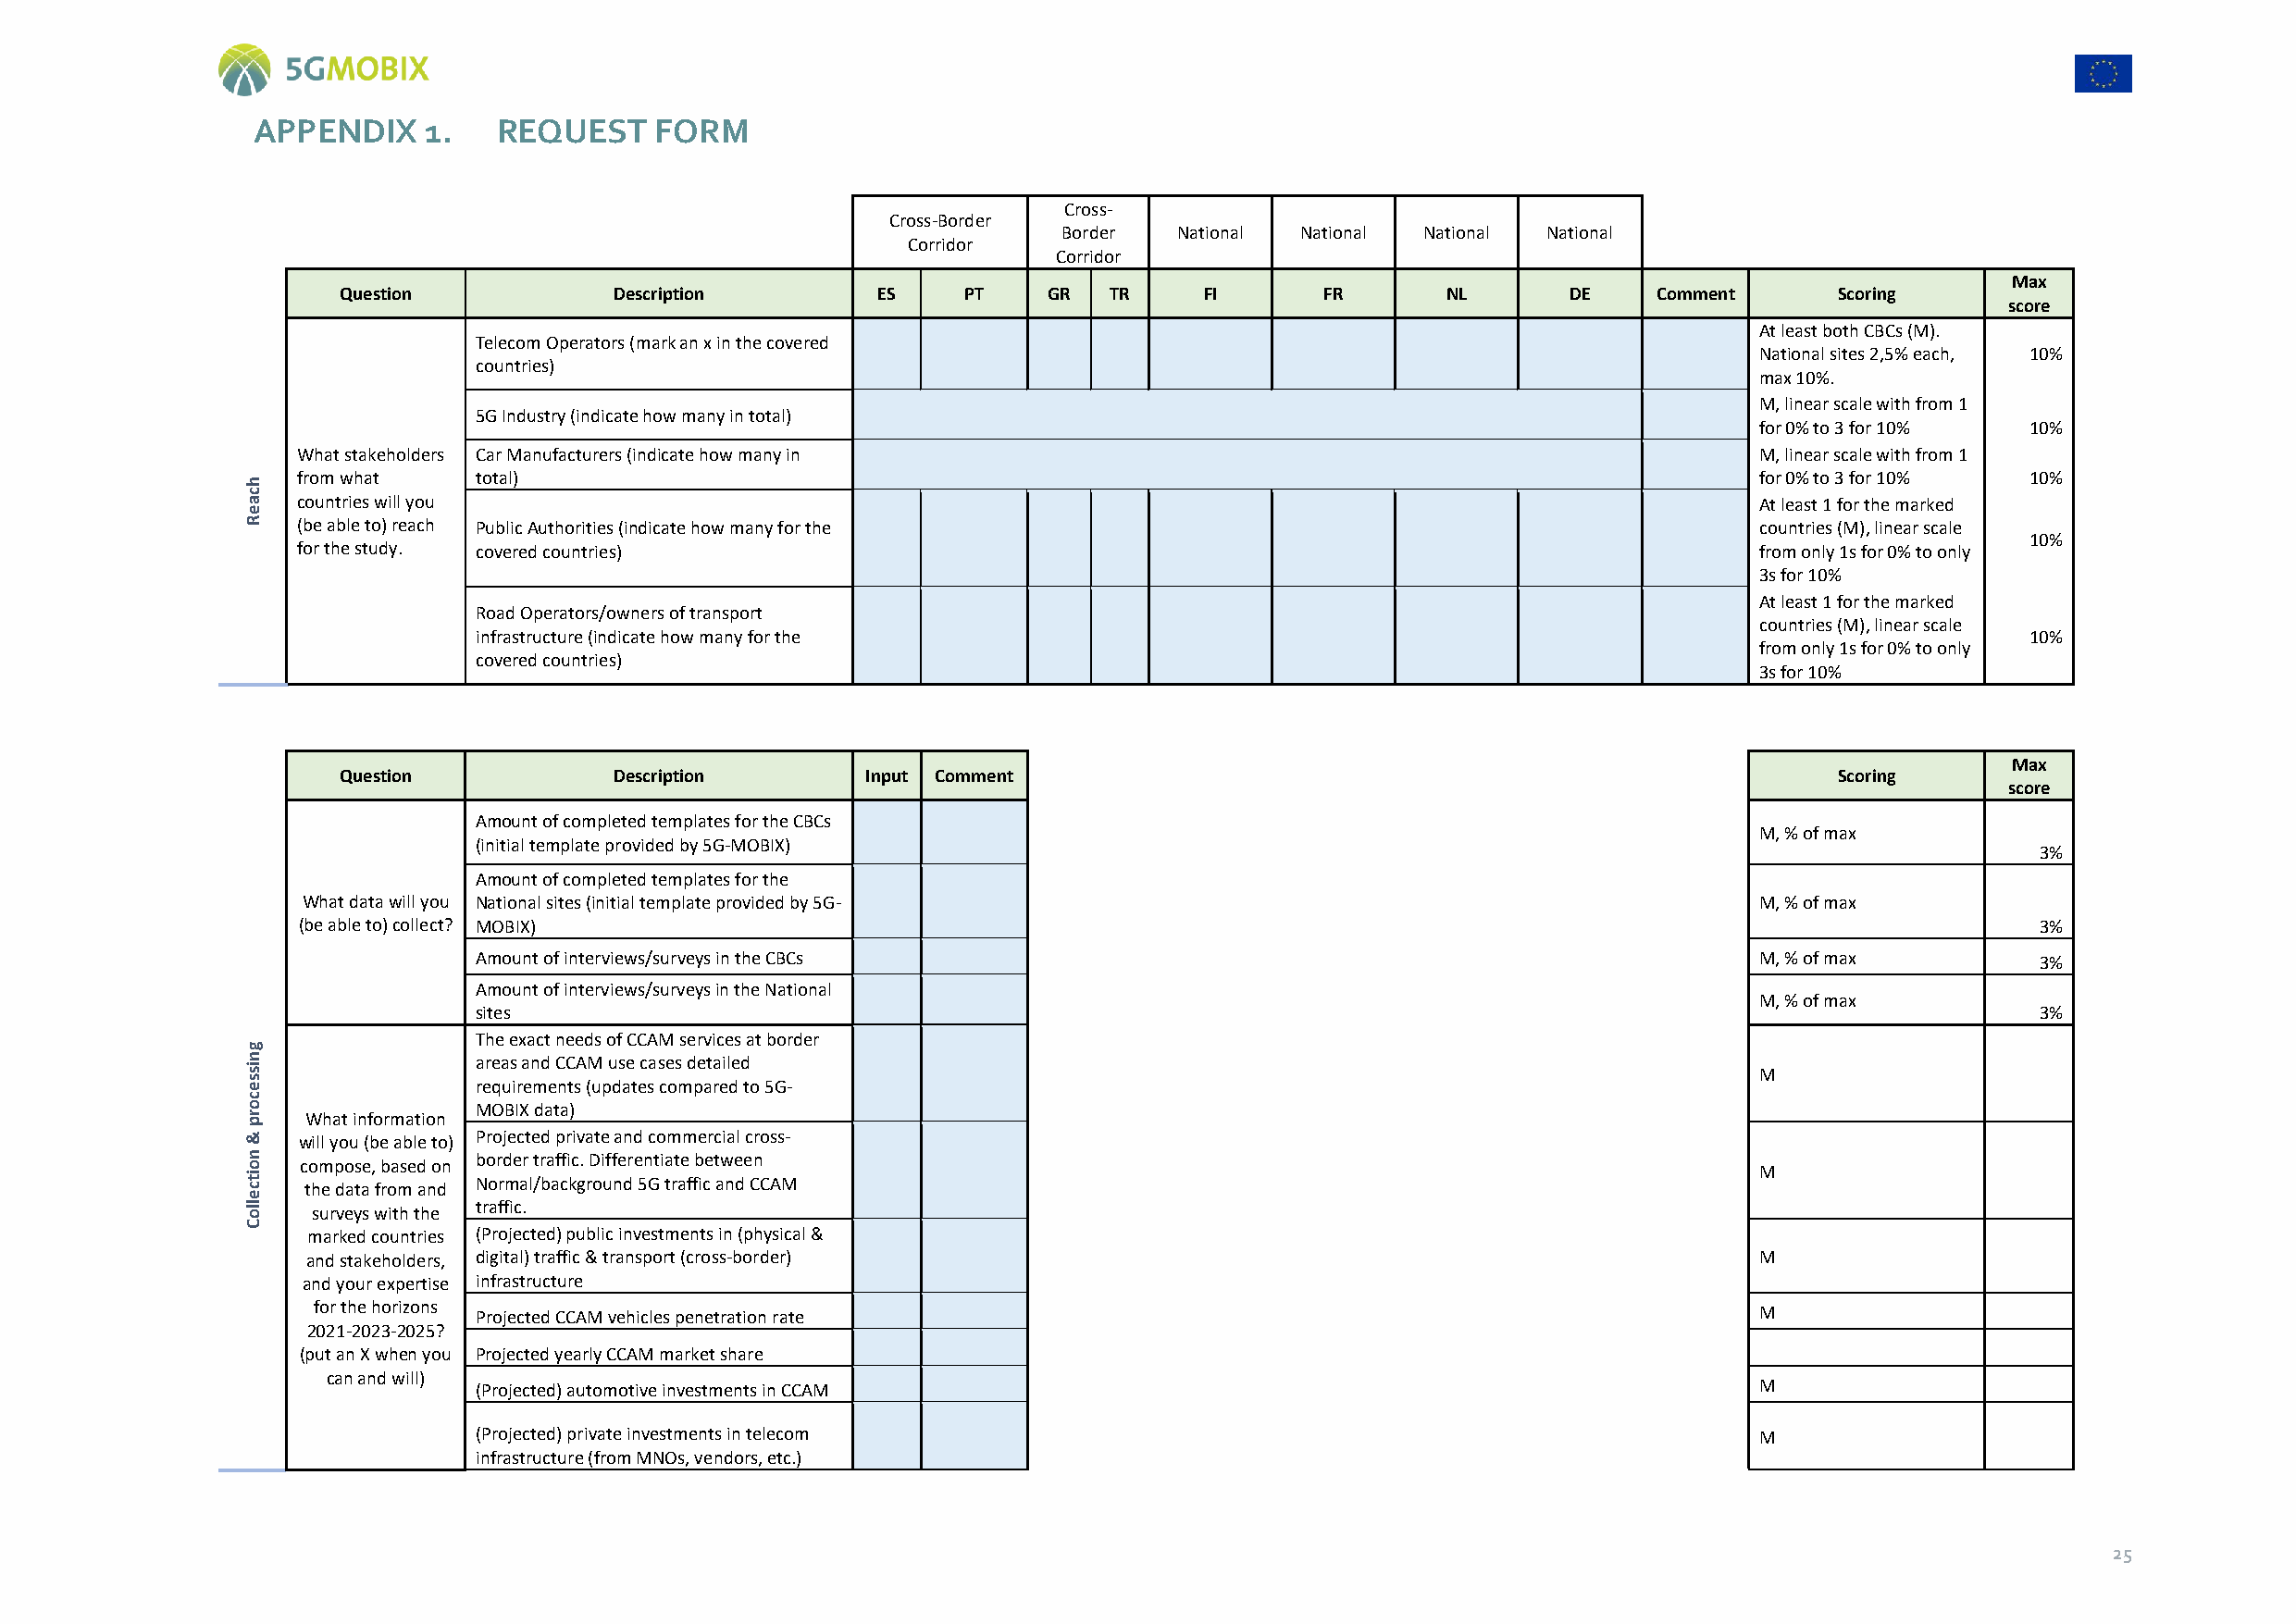
APPENDIX    1.    REQUEST    FORM
 Cross-
 Cross-Border
 Border  National National National National
 Corridor
 Corridor
 Max
 Question            Description        ES    PT    GR  TR     FI       FR      NL       DE    Comment      Scoring
 score
 At least both CBCs (M).
 Telecom Operators (mark an x in the covered
 National sites 2,5% each, 10%
 countries)
 max 10%.
 M, linear scale with from 1
 5G Industry (indicate how many in total)
 for 0% to 3 for 10% 10%
 What stakeholders Car Manufacturers (indicate how many in                                                M, linear scale with from 1
 h
 from what    total)                                                                                      for 0% to 3 for 10% 10%
 c
 a  countries will you                                                                                       At least 1 for the marked
 e
 R  (be able to) reach Public Authorities (indicate how many for the                                         countries (M), linear scale
 10%
 for the study. covered countries)                                                                        from only 1s for 0% to only
 3s for 10%
 At least 1 for the marked
 Road Operators/owners of transport
 countries (M), linear scale
 infrastructure (indicate how many for the                                                                      10%
 from only 1s for 0% to only
 covered countries)
 3s for 10%
 Max
 Question            Description       Input Comment                                                        Scoring
 score
 Amount of completed templates for the CBCs
 M, % of max
 (initial template provided by 5G-MOBIX)
 3%
 Amount of completed templates for the
 What data will you National sites (initial template provided by 5G-                                     M, % of max
 (be able to) collect? MOBIX)                                                                                                 3%
 Amount of interviews/surveys in the CBCs                                                    M, % of max         3%
 Amount of interviews/surveys in the National
 M, % of max
 sites                                                                                                           3%
 The exact needs of CCAM services at border
 g
 sin             areas and CCAM use cases detailed
 M
 es              requirements (updates compared to 5G-
 c
 o               MOBIX data)
 pr  What information
 &  will you (be able to) Projected private and commercial cross-
 on
 compose, based on
 border traffic. Differentiate between
 M
 ti              Normal/background 5G traffic and CCAM
 c   the data from and
 e
 oll
 surveys with the
 traffic.
 C
 marked countries (Projected) public investments in (physical &
 and stakeholders, digital) traffic & transport (cross-border)                                           M
 and your expertise infrastructure
 for the horizons Projected CCAM vehicles penetration rate                                               M
 2021-2023-2025?
 (put an X when you Projected yearly CCAM market share
 can and will)
 (Projected) automotive investments in CCAM                                                  M
 (Projected) private investments in telecom                                                  M
 infrastructure (from MNOs, vendors, etc.)
 25